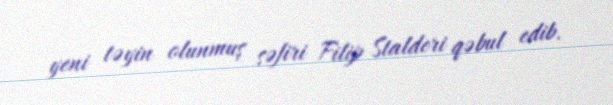
yeni təyin olunmuş səfiri Filip Stalderi qəbul edib.